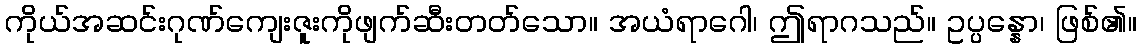
ကိုယ်အဆင်းဂုဏ်ကျေးဇူးကိုဖျက်ဆီးတတ်သော။ အယံရာဂေါ၊ ဤရာဂသည်။ ဥပ္ပန္နော၊ ဖြစ်၏။